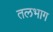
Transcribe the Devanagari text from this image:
तलभाग